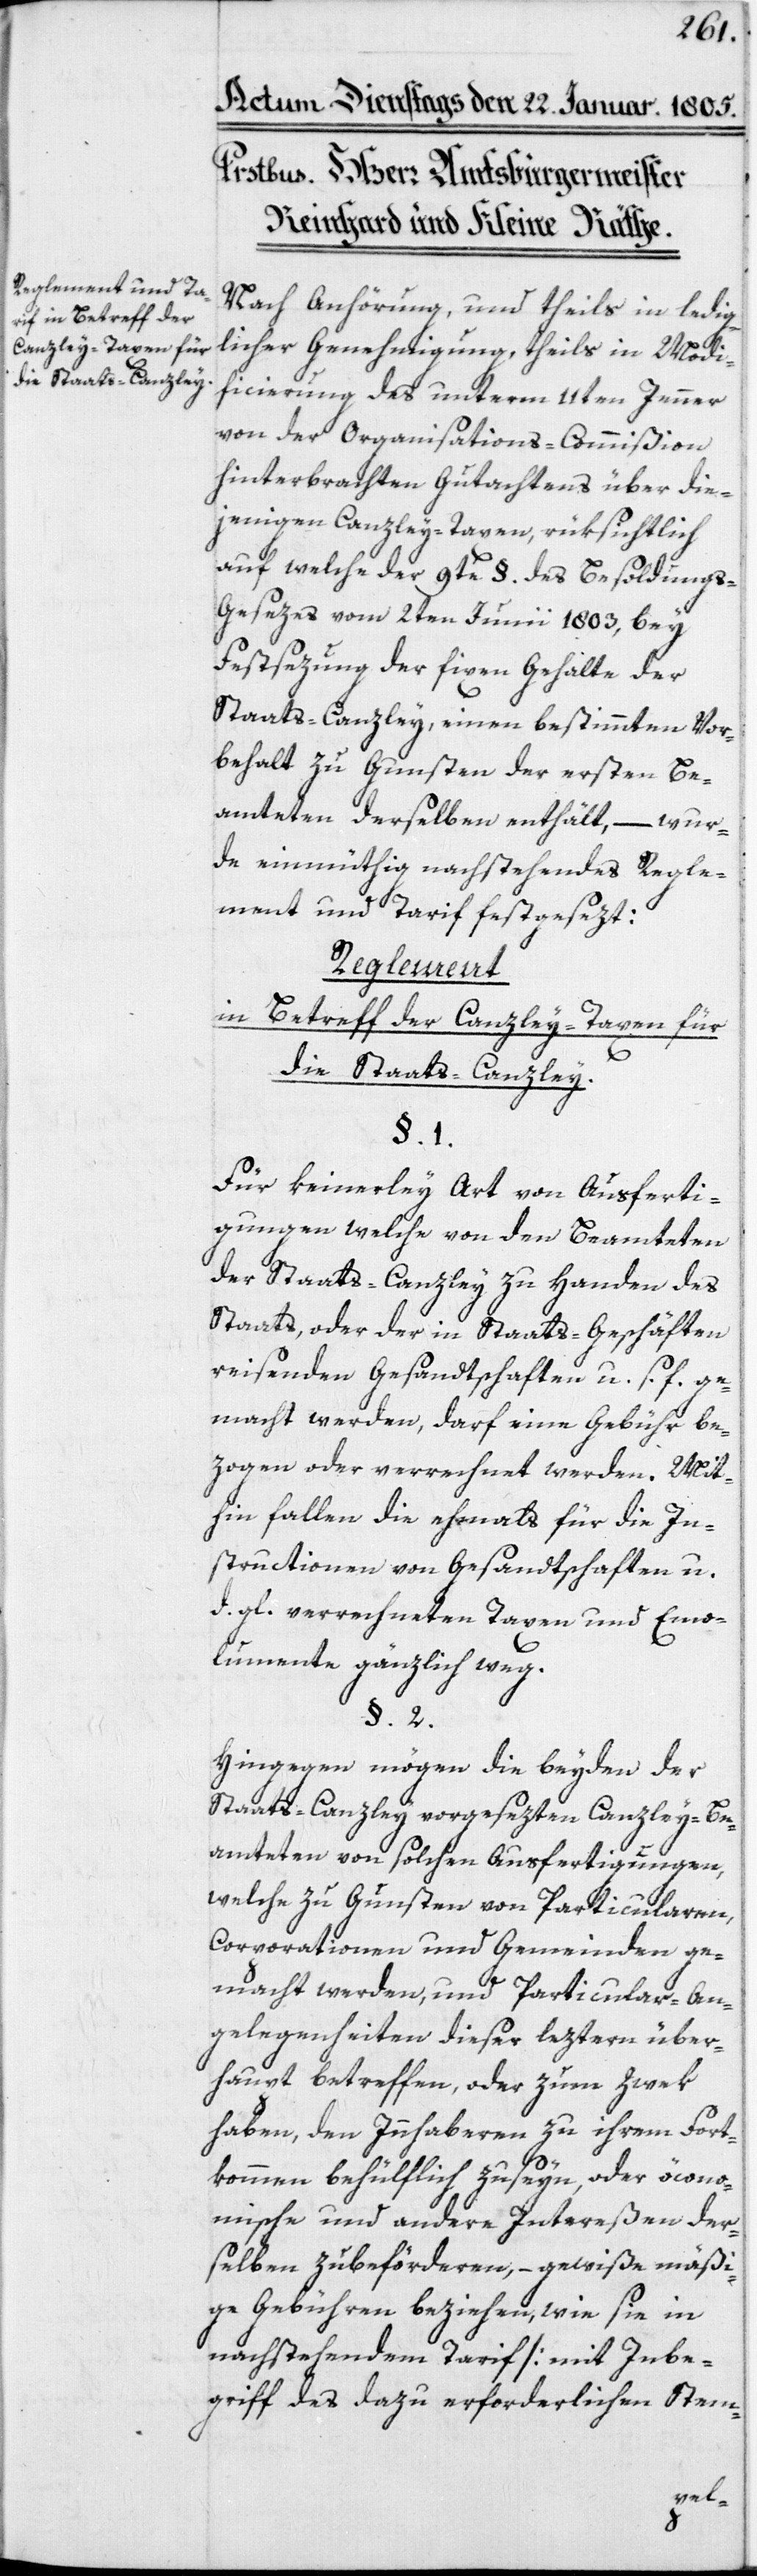
Nach Anhörung und theils in ledig¬
licher Genehmigung, theils in Modifi¬
cierung des unterm 11ten Jenner
von der Organisations-Commißion
hinterbrachten Gutachtens über die¬
jenigen Canzley-Taxen, rüksichtlich
auf welche der 9te § des Besoldung¬
s-Gesezes vom 2ten Junii 1803, bey
Festsezung der fixen Gehalte der
Staats-Canzley, einen bestimmten Vor¬
behalt zu Gunsten der ersten Be¬
amteten derselben enthält, – wur¬
de einmüthig nachstehendes Regle¬
ment und Tarif festgesezt:
Reglement
in Betreff der Canzley-Taxen für
die Staats-Canzley.
Für keinerlei Art von Ausferti¬
gungen, welche von den Beamteten
der Staats-Canzley zu Handen des
Staats, oder der in Staats-Geschäften
reisenden Gesandtschaften u. s. f. ge¬
macht werden, darf eine Gebühr be¬
zogen oder verrechnet werden. Mit¬
hin fallen die ehemals für die In¬
structionen von Gesandtschaften u.
dgl. verrechneten Taxen und Emo¬
lumente gänzlich weg.
Hingegen mögen die beyden der
Staats-Canzley vorgesezten Canzley-Be¬
amteten von solchen Ausfertigungen,
welche zu Gunsten von Particularen,
Corporationen und Gemeinden ge¬
macht werden, und Particular-An¬
gelegenheiten dieser leztern über¬
haupt betreffen, oder zum Zwek
haben, den Innhaberen zu ihrem Fort¬
kommen behülflich zu seyn, oder öcono¬
mische und andere Intereßen der¬
selben zu beförderen, – gewiße mäßi¬
ge Gebühren beziehen, wie sie in
nachstehendem Tarif (mit Inbe¬
griff des dazu erforderlichen Stem-